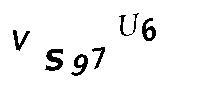
VS97U6